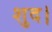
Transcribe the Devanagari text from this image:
शुद।